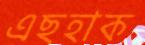
এছহাক